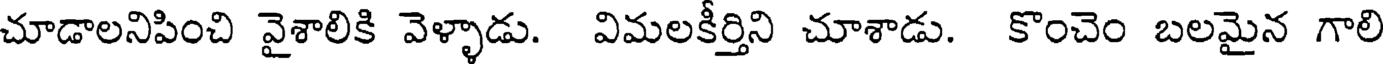
చూడాలనిపించి వైశాలికి వెళ్ళాడు. విమలకీర్తిని చూశాడు. కొంచెం బలమైన గాలి